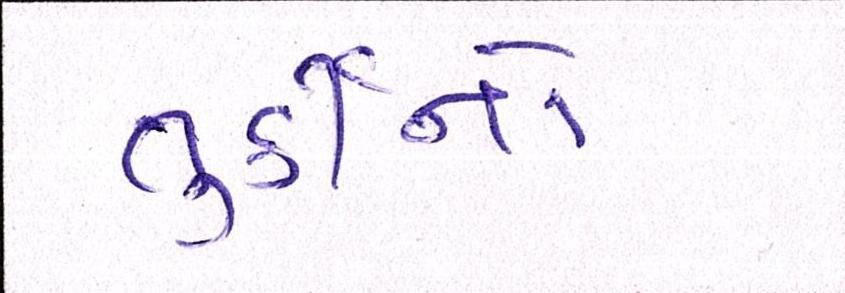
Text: તુર્કીનો